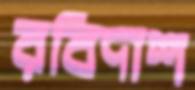
রবিদাশ